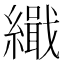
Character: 𮉋